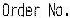
ORDER NO.